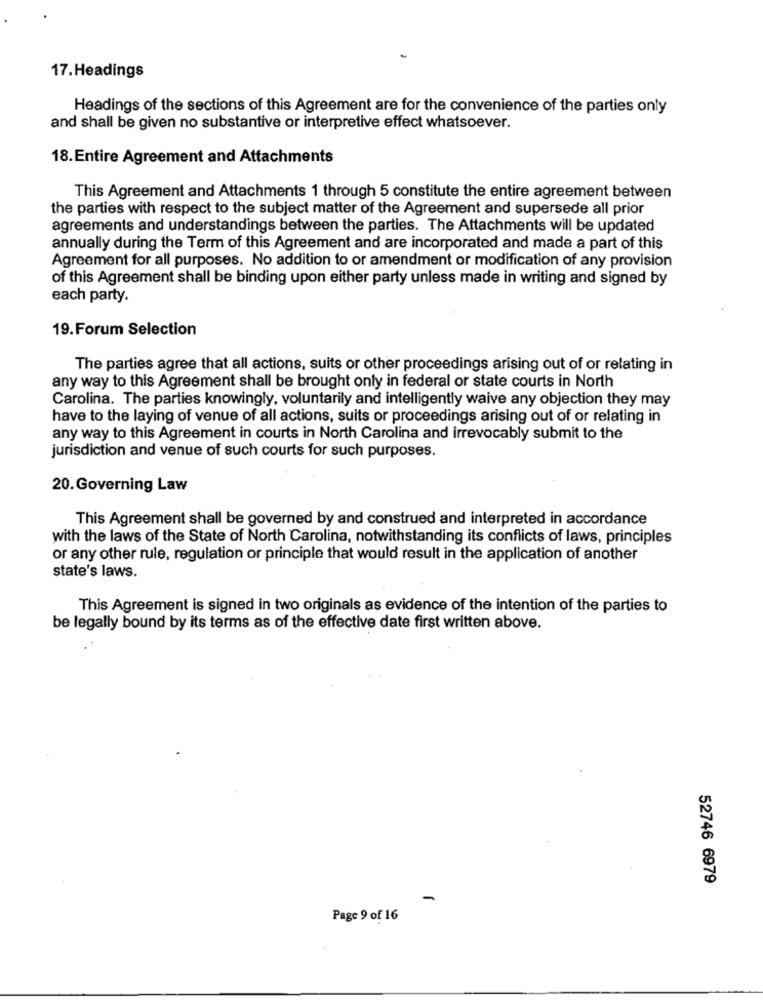
17.Headings
Headings of the sections of this Agreement are for the convenience of the parties only
and shall be given no substantive or interpretive effect whatsoever.
18.Entire Agreement and Attachments
This Agreement and Attachments 1 through 5 constitute the entire agreement between
the parties with respect to the subject matter of the Agreement and supersede all prior
agreements and understandings between the parties. The Attachments will be updated
annually during the Term of this Agreement and are incorporated and made a part of this
Agreement for all purposes. No addition to or amendment or modification of any provision
of this Agreement shall be binding upon either party unless made in writing and signed by
each party.
19.Forum Selection
The parties agree that all actions, suits or other proceedings arising out of or relating in
any way to this Agreement shall be brought only in federal or state courts in North
Carolina. The parties knowingly, voluntarily and intelligently waive any objection they may
have to the laying of venue of all actions, suits or proceedings arising out of or relating in
any way to this Agreement in courts in North Carolina and irrevocably submit to the
jurisdiction and venue of such courts for such purposes.
20.Governing Law
This Agreement shall be governed by and construed and interpreted in accordance
with the laws of the State of North Carolina, notwithstanding its conflicts of laws, principles
or any other rule, regulation or principle that would result in the application of another
state's laws.
This Agreement is signed in two originals as evidence of the intention of the parties to
be legally bound by its terms as of the effective date first written above.
52746 6979
-
Page 9 of 16